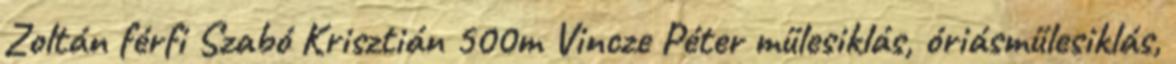
Zoltán férfi Szabó Krisztián 500m Vincze Péter műlesiklás, óriásműlesiklás,